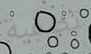
تصفية